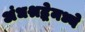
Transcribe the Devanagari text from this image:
अंधश्रद्धेमध्ये